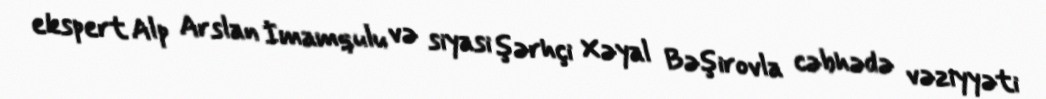
ekspert Alp Arslan İmamqulu və siyasi şərhçi Xəyal Bəşirovla cəbhədə vəziyyəti